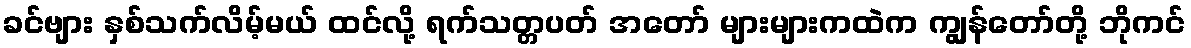
ခင်ဗျား နှစ်သက်လိမ့်မယ် ထင်လို့ ရက်သတ္တပတ် အတော် များများကထဲက ကျွန်တော်တို့ ဘိုကင်